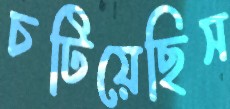
চটিয়েছিস